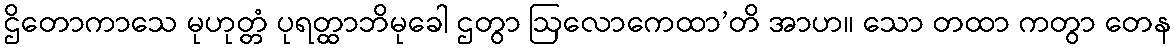
ဌိတောကာသေ မုဟုတ္တံ ပုရတ္ထာဘိမုခေါ ဌတွာ ဩလောကေထာ’တိ အာဟ။ သော တထာ ကတွာ တေန